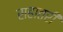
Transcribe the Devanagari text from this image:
सहातरी